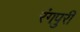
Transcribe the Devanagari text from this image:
रंगपुरी